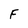
Character: F